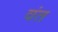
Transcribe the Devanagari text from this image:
वंत